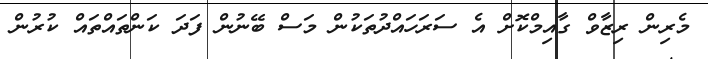
މެރިން ރިޒާވް ގާއިމްކޮށް އެ ސަރަހައްދުތަކުން މަސް ބޭނުން ފަދަ ކަންތައްތައް ކުރުން